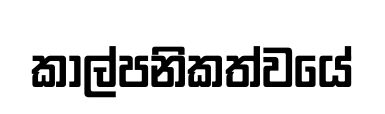
කාල්පනිකත්වයේ